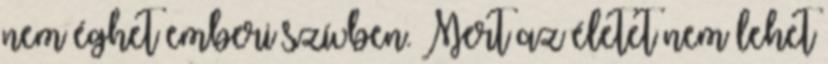
nem éghet emberi szívben. Mert az életet nem lehet